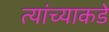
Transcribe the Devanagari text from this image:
त्यांंच्याकडे